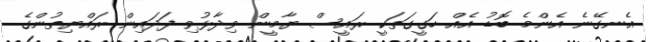
އެނގޭނެ އެންމެ ބޮޑު އެއް ހަގީގަތަކީ ރައީސް ޔާމީން ވިދާޅުވި ފަދައިން ރައްޔިތުންގެ